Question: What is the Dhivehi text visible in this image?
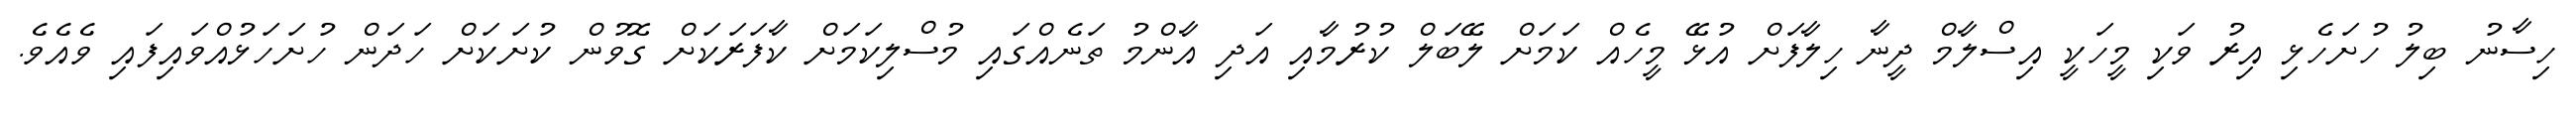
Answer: ހިސާނު ބިލު ހުށަހެޅި އިރު ވަކި މީހަކީ އިސްލާމް ދީނާ ހިލާފަށް އުޅޭ މީހެއް ކަމަށް ލޭބަލް ކުރުމާއި އަދި އާންމު ތަނެއްގައި މުސްލިކަމަށް ކާފަރަކަށް ގޮވުން ކުށަކަށް ހަދަން ހުށަހަޅުއްވައިފައި ވެއެވެ.